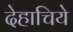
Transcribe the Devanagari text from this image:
देहाचिये